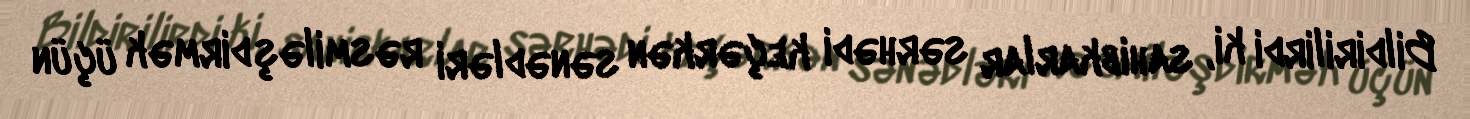
Bildirilirdi ki, sahibkarlar sərhədi keçərkən sənədləri rəsmiləşdirmək üçün